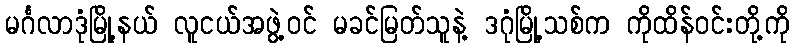
မင်္ဂလာဒုံမြို့နယ် လူငယ်အဖွဲ့ဝင် မခင်မြတ်သူနဲ့ ဒဂုံမြို့သစ်က ကိုထိန်ဝင်းတို့ကို